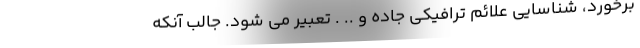
برخورد، شناسایی علائم ترافیکی جاده و .. . تعبیر می شود. جالب آنکه